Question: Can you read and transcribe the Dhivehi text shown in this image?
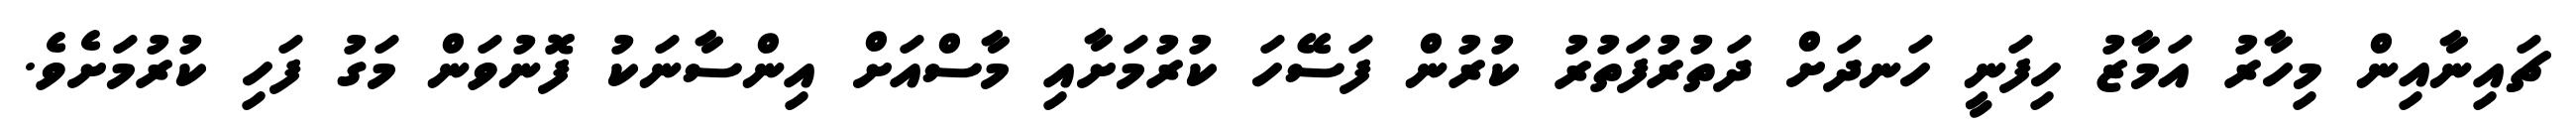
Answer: ޗައިނާއިން މިހާރު އަމާޒު ހިފަނީ ހަނދަށް ދަތުރުފަތުރު ކުރުން ފަސޭހަ ކުރުމަށާއި މާސްއަށް އިންސާނަކު ފޮނުވަން މަގު ފަހި ކުރުމަށެވެ.